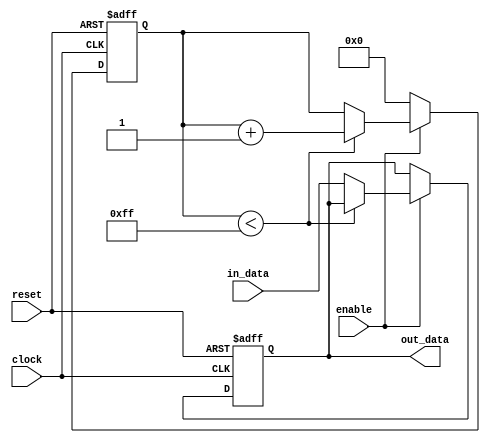
module buffer_delay (
    input wire clock,      // Clock signal
    input wire reset,      // Reset signal
    input wire enable,     // Enable signal
    input wire in_data,    // Input data signal
    output reg out_data    // Output data signal
);

reg [7:0] delay_count;     // Delay counter

always @(posedge clock or posedge reset) begin
    if (reset) begin
        delay_count <= 8'b0;
        out_data <= 1'b0;
    end else begin
        if (enable) begin
            if (delay_count < 8'b11111111) begin
                delay_count <= delay_count + 1;
            end else begin
                out_data <= in_data;
            end
        end else begin
            delay_count <= 8'b0;
        end
    end
end

endmodule